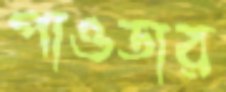
পাওডার